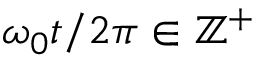
\omega _ { 0 } t / 2 \pi \in \mathbb { Z } ^ { + }